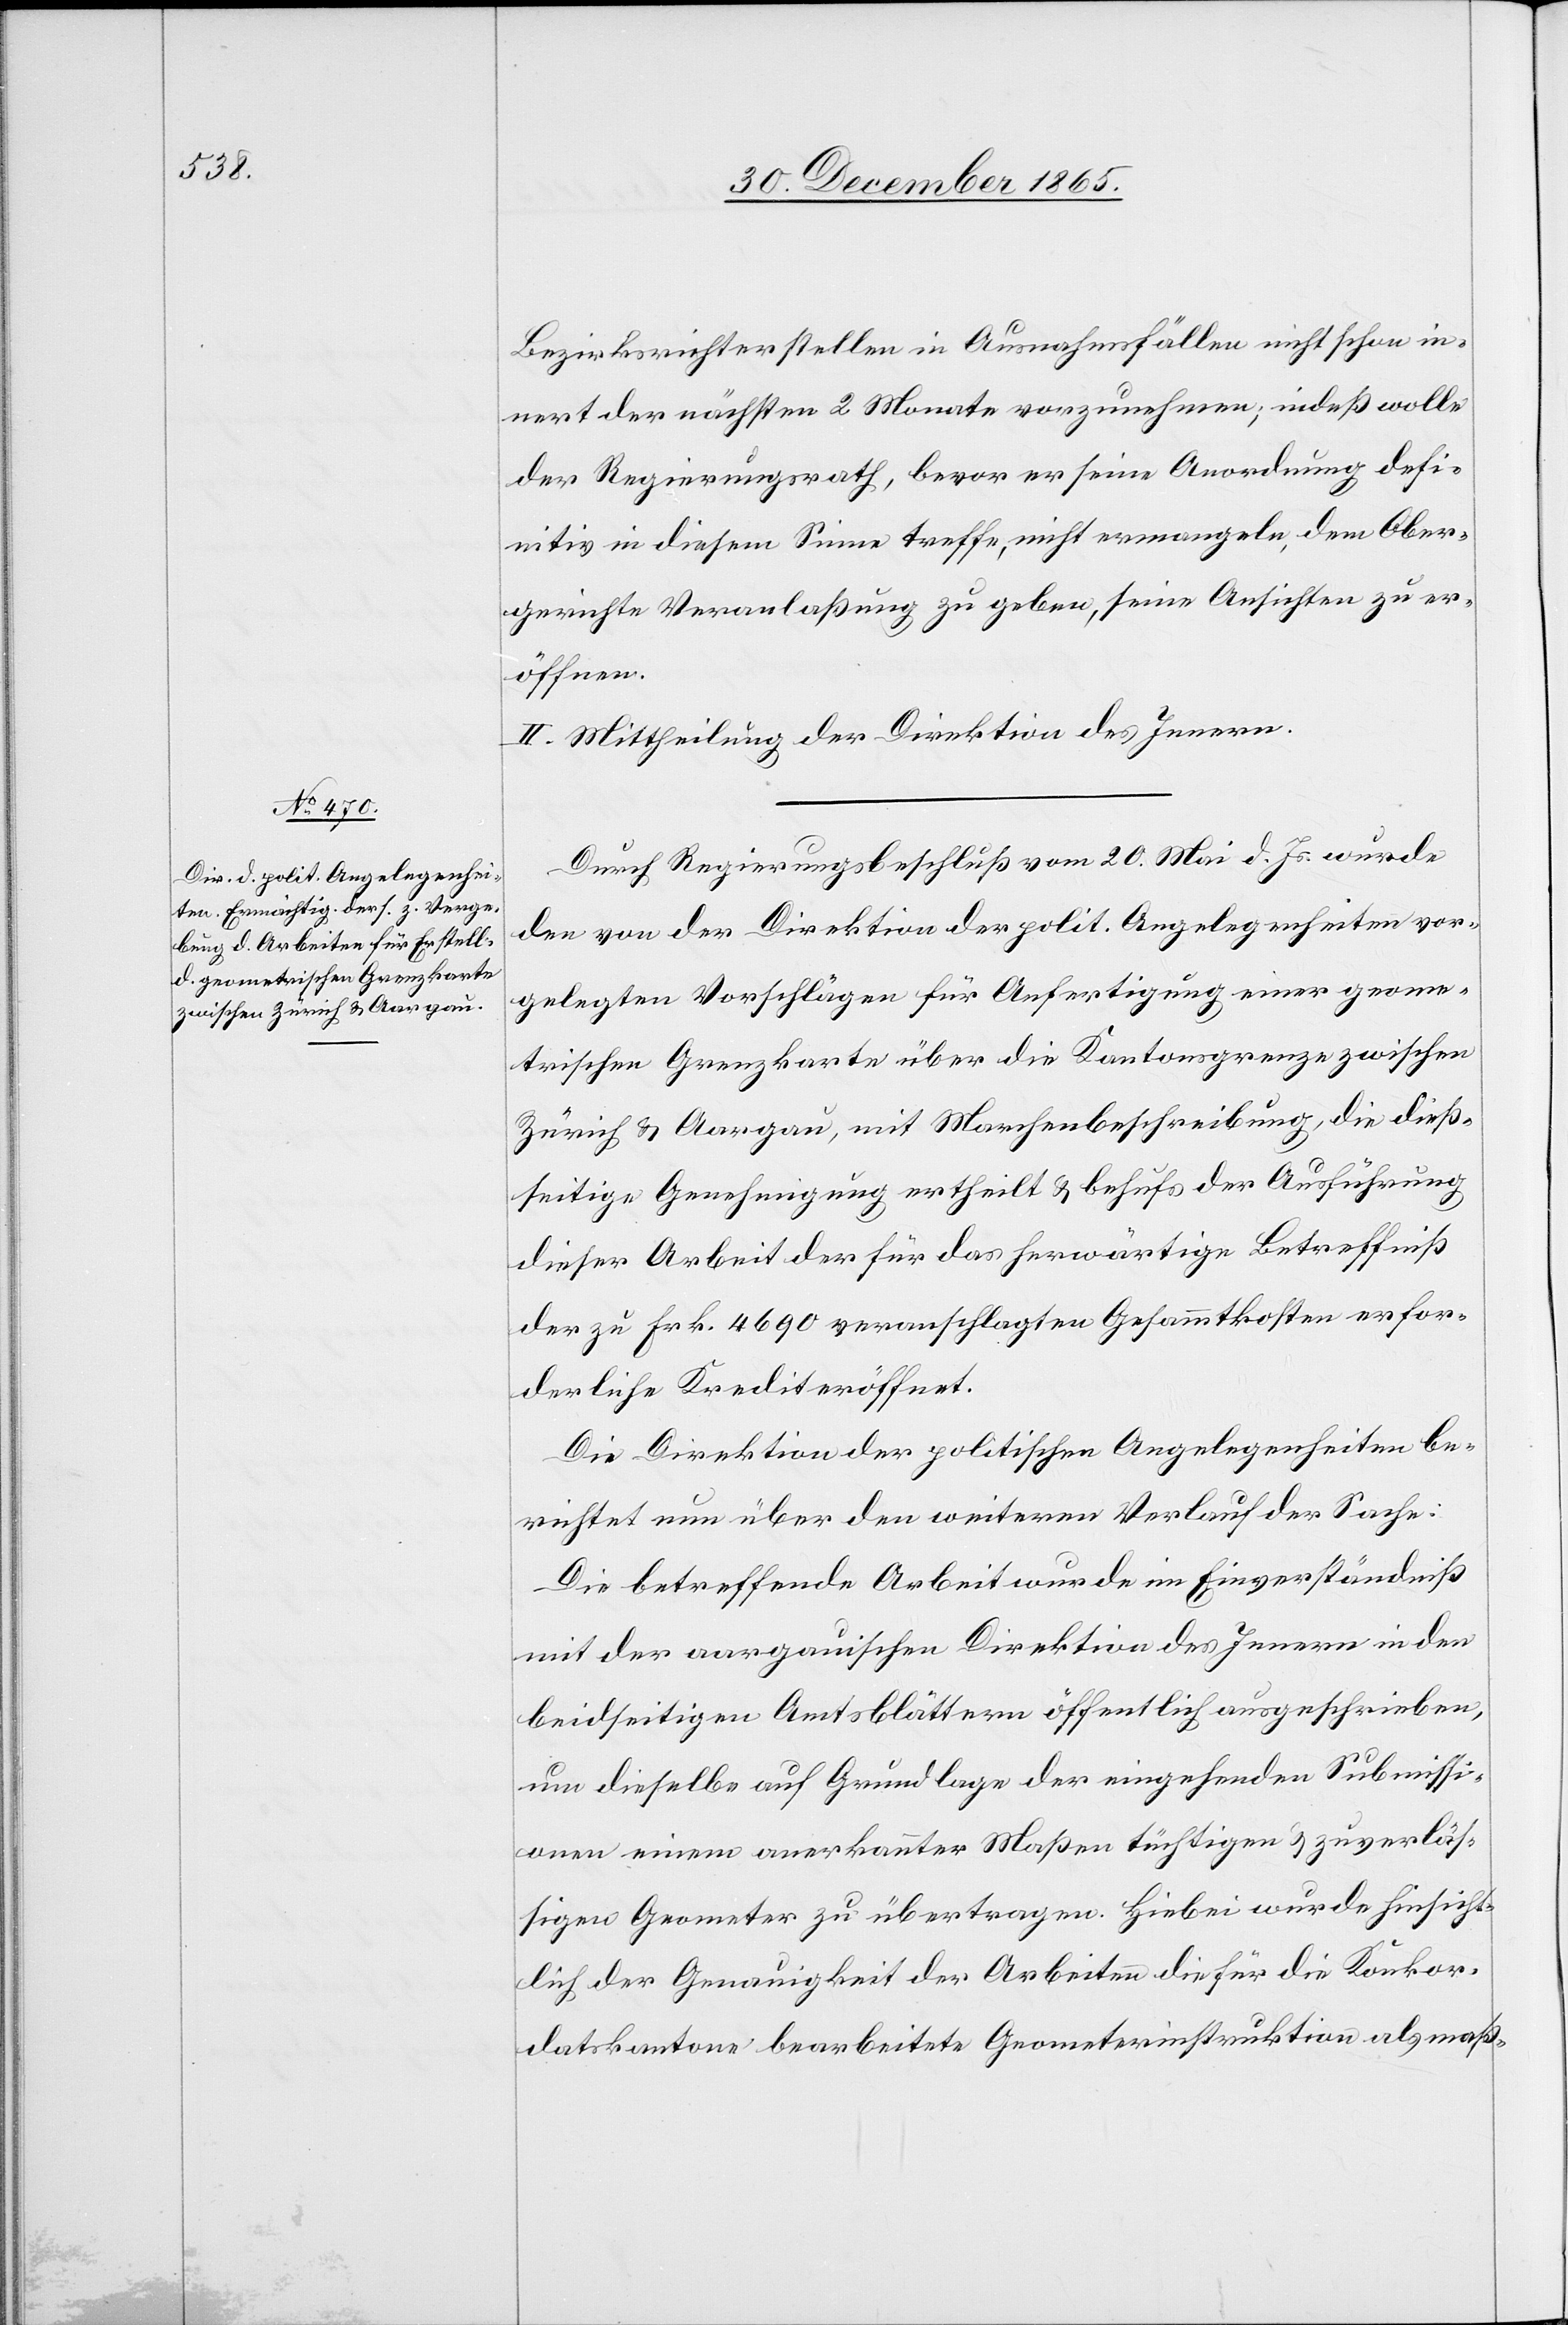
Bezirksrichterstellen in Ausnahmsfällen nicht schon in¬
nert der nächsten 2 Monate vorzunehmen; indeß wolle
der Regierungsrath, bevor er seine Anordnung defi¬
nitiv in diesem Sinne treffe, nicht ermangeln, dem Ober¬
gerichte Veranlaßung zu geben, seine Ansichten zu er¬
öffnen.
II. Mittheilung der Direktion des Innern.
Durch Regierungsbeschluß vom 20. Mai d. Js. wurde
den von der Direktion der polit. Angelegenheiten vor¬
gelegten Vorschlägen für Anfertigung einer geome¬
trischen Grenzkarte über die Kantonsgrenze zwischen
Zürich und Aargau, mit Marchenbeschreibung, die dieß¬
seitige Genehmigung ertheilt & behufs der Ausführung
dieser Arbeit der für das herwärtige Betreffniß
der zu Frk. 4690 veranschlagten Gesammtkosten erfor¬
derliche Kredit eröffnet.
Die Direktion der politischen Angelegenheiten be¬
richtet nun über den weiteren Verlauf der Sache:
Die betreffende Arbeit werde im Einverständniß
mit der aargauischen Direktion des Innern in den
beidseitigen Amtsblättern öffentlich ausgeschrieben,
um dieselbe auf Grundlage der eingehenden Submissi¬
onen einem anerkannter Maßen tüchtigen & zuverläs¬
sigen Geometer zu übertragen. Hiebei wurde hinsicht¬
lich der Genauigkeit der Arbeiten die für die Konkor¬
datskantone bearbeitete Geometerinstruktion als maß-